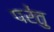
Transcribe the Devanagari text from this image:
पर॑तु